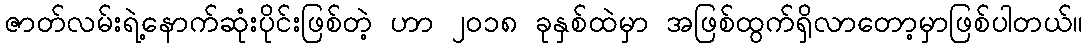
ဇာတ်လမ်းရဲ့နောက်ဆုံးပိုင်းဖြစ်တဲ့ ဟာ ၂၀၁၈ ခုနှစ်ထဲမှာ အဖြစ်ထွက်ရှိလာတော့မှာဖြစ်ပါတယ်။